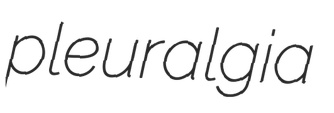
pleuralgia